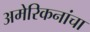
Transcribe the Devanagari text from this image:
अमेरिकनांचा